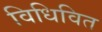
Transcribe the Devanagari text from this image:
विधिवित